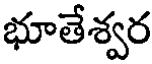
భూతేశ్వర